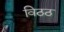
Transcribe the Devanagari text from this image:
विठठ